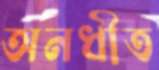
অনধীত